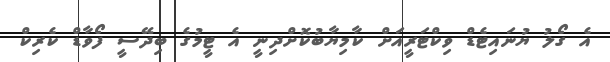
އެ ގޯލު ޔުނައިޓެޑް ވިކްޓަރީއަށް ކާމިޔާބުކޮށްދިނީ އެ ޓީމުގެ ބިދޭސީ ފޯވާޑް ކެރިކް